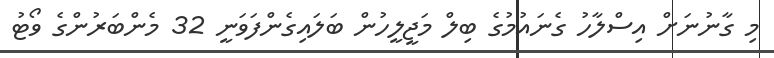
މި ގާނުނަށް އިސްލާހު ގެނައުމުގެ ބިލް މަޖީލީހުން ބަލައިގެންފަވަނީ 32 މެންބަރުންގެ ވޯޓު